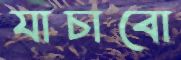
যাচাবো